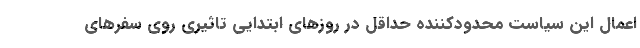
اعمال این سیاست محدودکننده حداقل در روزهای ابتدایی تاثیری روی سفرهای